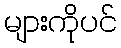
များကိုပင်